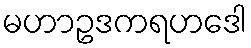
မဟာဥဒကရဟဒေါ